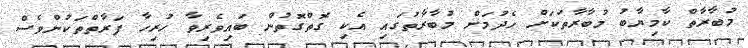
މުބާރާތް ކާމިޔާބު މުބާރާތަކަށް ހެދުމަށް މުބާރާތުގައި އެކި ގޮތްގޮތުން ބައިވެރިވާ ހުރިހާ ފަރާތްތަކުންވެސް